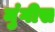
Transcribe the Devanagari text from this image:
मुंगीस